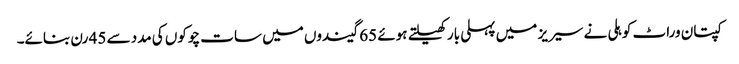
کپتان وراٹ کوہلی نے سیریز میں پہلی بار کھیلتے ہوئے 65 گیندوں میں سات چوکوں کی مدد سے 45 رن بنائے۔